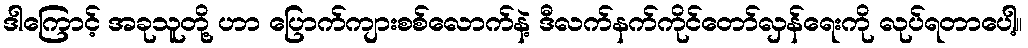
ဒါကြောင့် အခုသူတို့ ဟာ ပြောက်ကျားစစ်လောက်နဲ့ ဒီလက်နက်ကိုင်တော်လှန်ရေးကို လုပ်ရတာပေါ့။